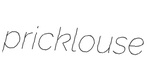
pricklouse